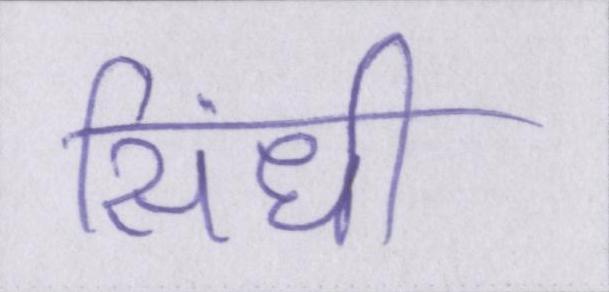
सिंधी